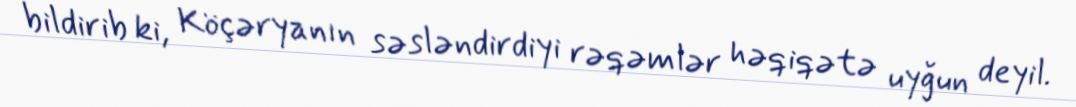
bildirib ki, Köçəryanın səsləndirdiyi rəqəmlər həqiqətə uyğun deyil.